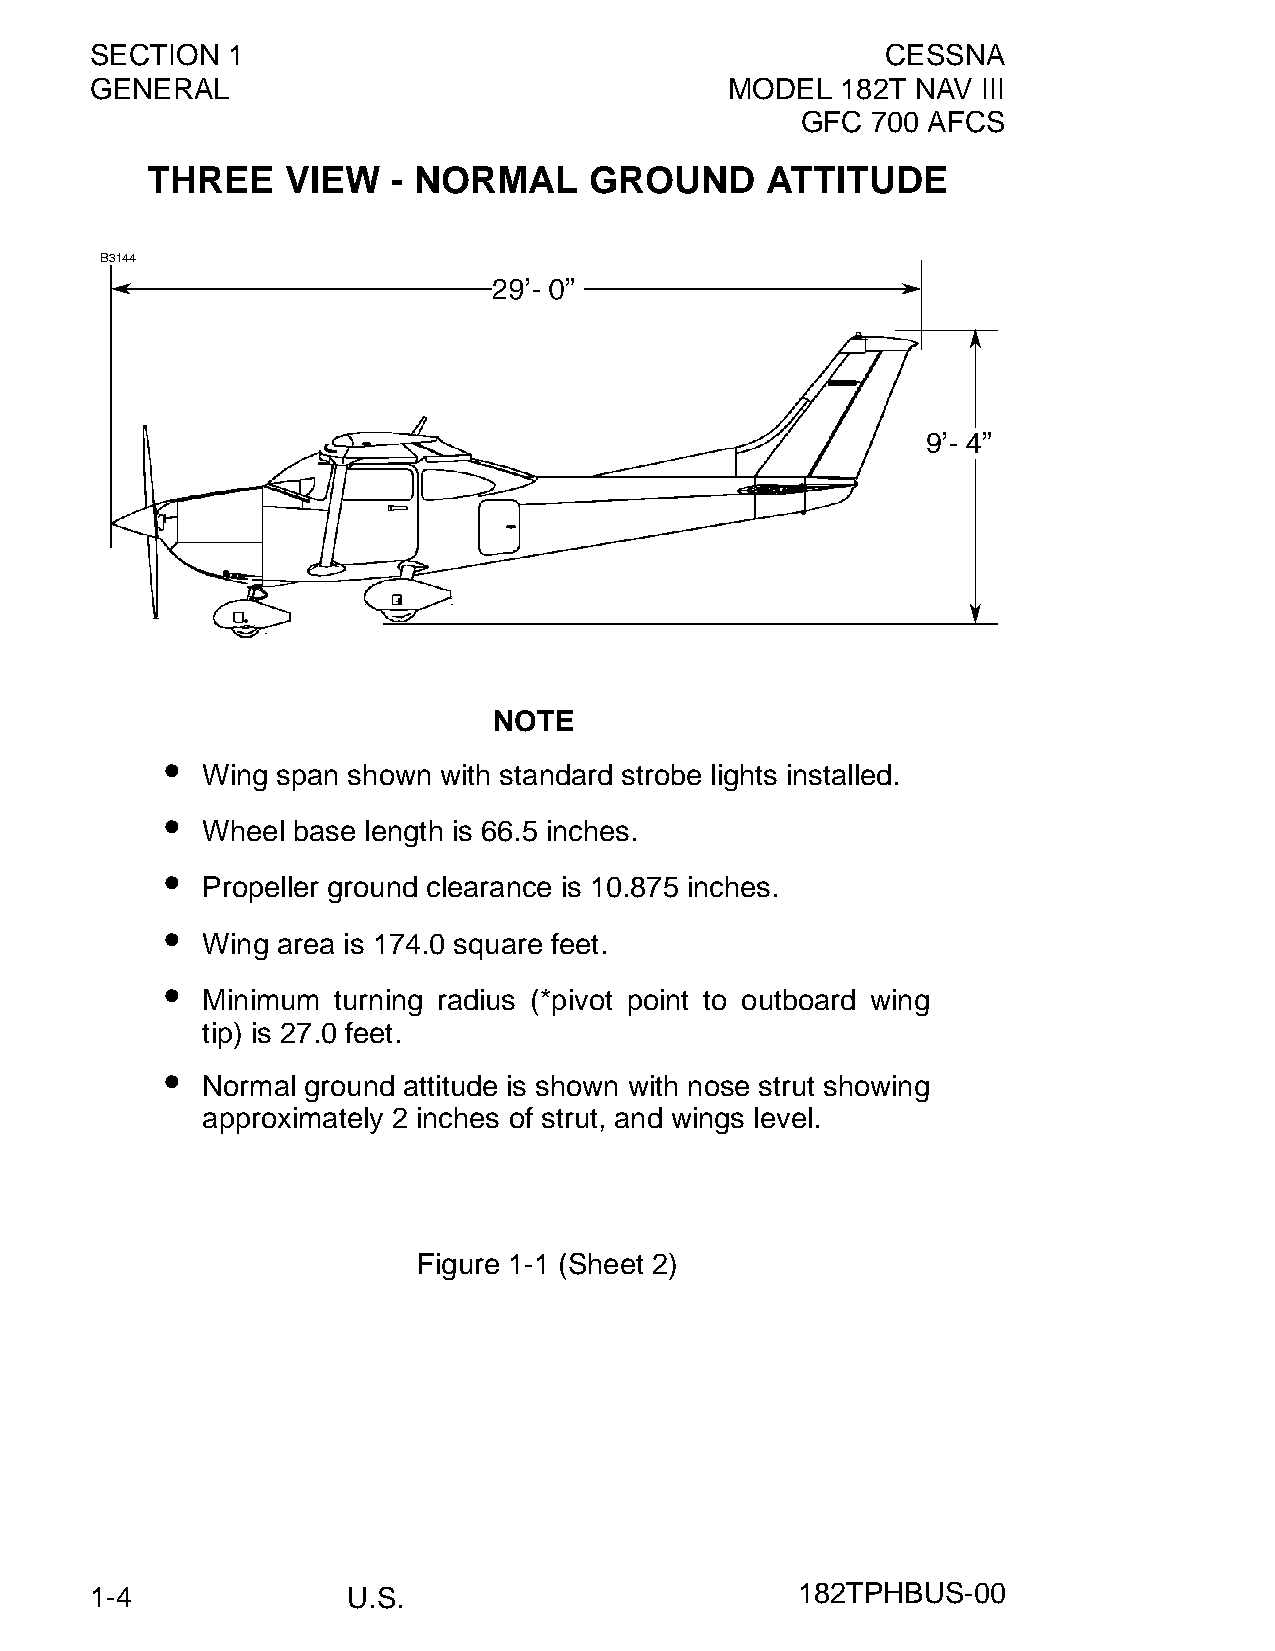
SECTION  1                                           CESSNA
 GENERAL                                   MODEL   182T NAV III
 GFC  700 AFCS
 THREE    VIEW   - NORMAL     GROUND      ATTITUDE
 NOTE
 •
 Wing span shown with standard strobe lights installed.
 •
 Wheel base length is 66.5 inches.
 •
 Propeller ground clearance is 10.875 inches.
 •
 Wing area is 174.0 square feet.
 •
 Minimum  turning radius (*pivot point to outboard wing
 tip) is 27.0 feet.
 •
 Normal ground attitude is shown with nose strut showing
 approximately 2 inches of strut, and wings level.
 Figure 1-1 (Sheet 2)
 1-4              U.S.                          182TPHBUS-00